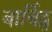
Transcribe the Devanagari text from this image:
बार्बिट्स